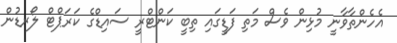
އެހެންތާވާނީ މުޅިން ވެސް މަތި ފަޑީގައި ތިބީ ކަންޓްރީ ސައިޑްގެ ކަރަޕްޓް ލޯރޑުން